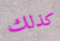
كذلك